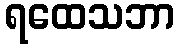
ရထေသဘာ